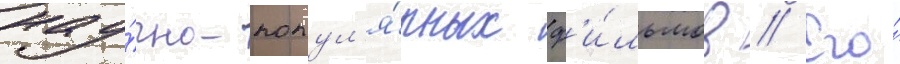
нау́чно-попул'я́рных ф'и́льмов // Его́